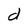
Character: d